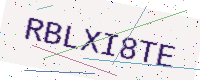
Text: RBLXI8TE